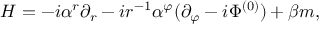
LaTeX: H = - i \alpha ^ { r } \partial _ { r } - i r ^ { - 1 } \alpha ^ { \varphi } ( \partial _ { \varphi } - i \Phi ^ { ( 0 ) } ) + \beta m ,